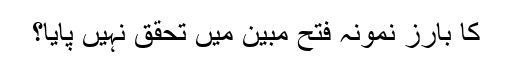
کا بارز نمونہ فتح مبین میں تحقق نہیں پایا؟